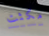
مكثت